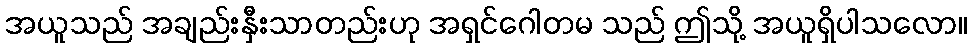
အယူသည် အချည်းနှီးသာတည်းဟု အရှင်ဂေါတမ သည် ဤသို့ အယူရှိပါသလော။